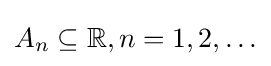
A_{n}\subseteq \mathbb {R} ,n=1,2,\ldots